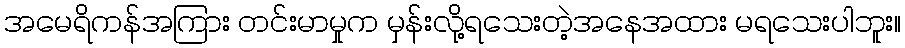
အမေရိကန်အကြား တင်းမာမှုက မှန်းလို့ရသေးတဲ့အနေအထား မရသေးပါဘူး။